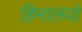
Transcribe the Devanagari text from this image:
हिमालयो